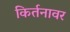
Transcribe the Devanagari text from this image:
किर्तनावर